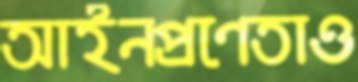
আইনপ্রণেতাও